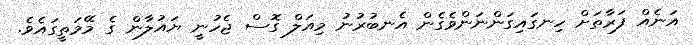
އަނެއް ފަރާތަށް ހިނގައިގަންނަންވެގެން އެނބުރުނު މިއަލް ގޮސް ޖެހުނީ ޔައުލާން ގެ މޭމަތީގައެވެ.